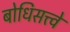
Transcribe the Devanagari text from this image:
बोधिसत्त्वे